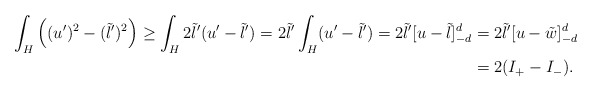
\begin{align*}\int_{H} \left((u')^2 - (\tilde{l}')^2\right) \geq \int_{H} 2\tilde{l}'(u' -\tilde{l}') = 2\tilde{l}' \int_{H}( u' - \tilde{l}') = 2\tilde{l}' [ u - \tilde{l}]_{-d}^d & = 2 \tilde{l}' [u -\tilde{w}]_{ - d}^{ d} \\& = 2(I_{+} - I_{-}).\end{align*}